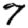
Digit: 7